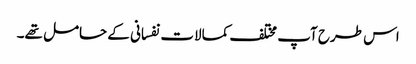
اس طرح آپ مختلف کمالات نفسانی کے حامل تھے۔